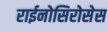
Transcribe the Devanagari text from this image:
राईनोसिरोसेस